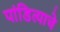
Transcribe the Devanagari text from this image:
पांडित्याचे